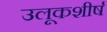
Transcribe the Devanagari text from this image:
उलूकशीर्ष